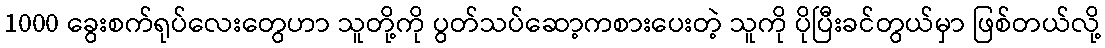
1000 ခွေးစက်ရုပ်လေးတွေဟာ သူတို့ကို ပွတ်သပ်ဆော့ကစားပေးတဲ့ သူကို ပိုပြီးခင်တွယ်မှာ ဖြစ်တယ်လို့